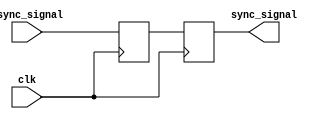
// Status:      works fine

module synchronizer #(parameter WIDTH = 1) (
    input [WIDTH-1:0] async_signal,
    input clk,
    output [WIDTH-1:0] sync_signal
);
    // TODO: Create your 2 flip-flop synchronizer here
    // This module takes in a vector of WIDTH-bit asynchronous
    // (from different clock domain or not clocked, such as button press) signals
    // and should output a vector of WIDTH-bit synchronous signals
    // that are synchronized to the input clk

    reg [WIDTH-1 : 0] between_ffs = 'b0;
    reg [WIDTH-1 : 0] after_ffs = 'b0;

    always @(posedge clk)
    begin
        between_ffs <= async_signal;
        after_ffs <= between_ffs;
    end

    assign sync_signal = after_ffs;
    

    // Remove this line once you create your synchronizer
    // assign sync_signal = 0;
endmodule